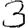
Digit: 3